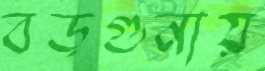
বড়গুনায়